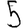
Digit: 5